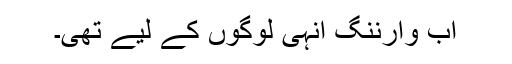
اب وارننگ انہی لوگوں کے لیے تھی۔